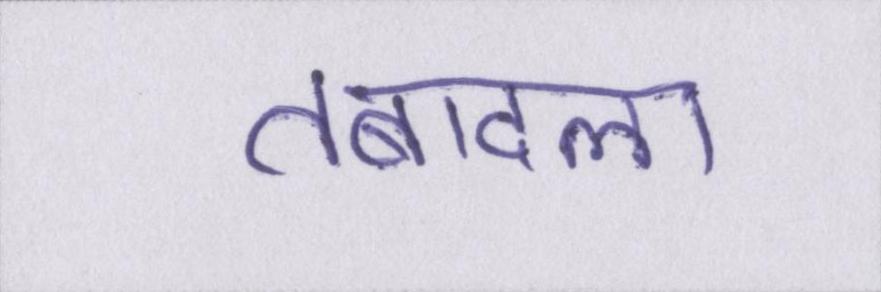
तबादला